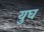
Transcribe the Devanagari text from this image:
युघ